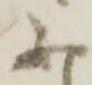
不